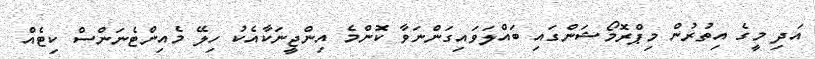
އަދި މީގެ އިތުރުން މިޕްރޮމޯޝަންގައި ބައްލަވައިގަންނަވާ ކޮންމެ އިންޖީނަކާއެކު ހިލޭ މެއިންޓެނަންސް ކިޓެއް